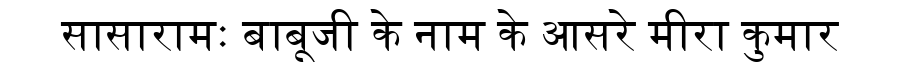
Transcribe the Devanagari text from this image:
सासारामः बाबूजी के नाम के आसरे मीरा कुमार